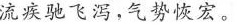
流疾驰飞泻,气势恢宏。